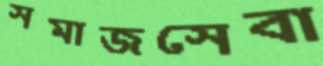
সমাজসেবা